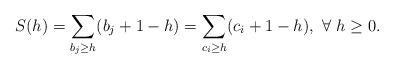
LaTeX: \begin{align*}S(h)=\sum_{b_j\geq h}(b_j+1-h)=\sum_{c_i\geq h}(c_i+1-h),\ \forall\ h\geq 0.\end{align*}